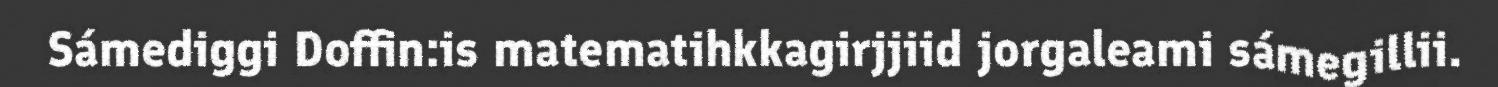
Sámediggi Doffin:is matematihkkagirjjiid jorgaleami sámegillii.